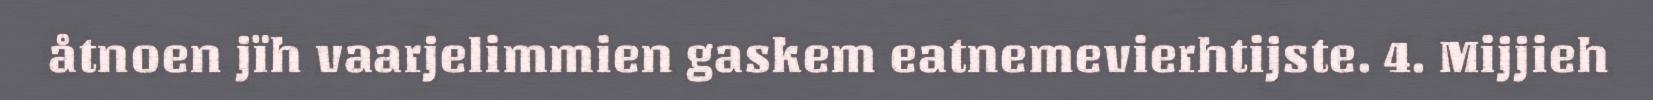
åtnoen jïh vaarjelimmien gaskem eatnemevierhtijste. 4. Mijjieh